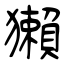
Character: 獺